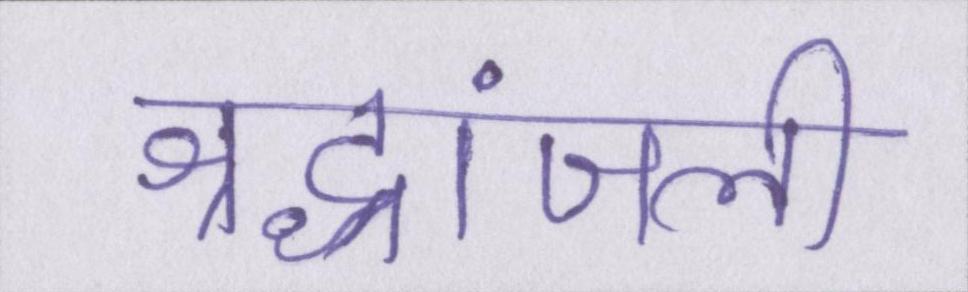
श्रद्धांजली